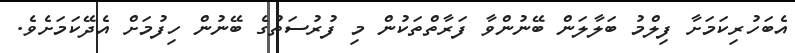
އެބަހުރިކަމަށާ ފިލްމު ބަލާލަން ބޭނުންވާ ފަރާތްތަކުން މި ފުރުސަތުގެ ބޭނުން ހިފުމަަށް އެދޭކަމަށެވެ.